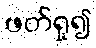
ဖတ်ရှု၍